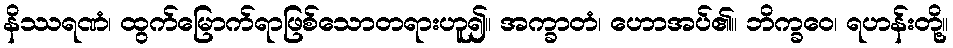
နိဿရဏံ၊ ထွက်မြောက်ရာဖြစ်သောတရားဟူ၍။ အက္ခာတံ၊ ဟောအပ်၏။ ဘိက္ခဝေ၊ ရဟန်းတို့။